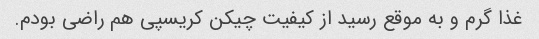
غذا گرم و به موقع رسید از کیفیت چیکن کریسپی هم راضی بودم.